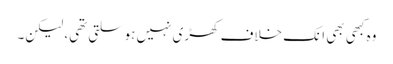
وہ کبھی بھی انک خلاف کھڑی نہیں ہوسلتی تھی، لیکن۔